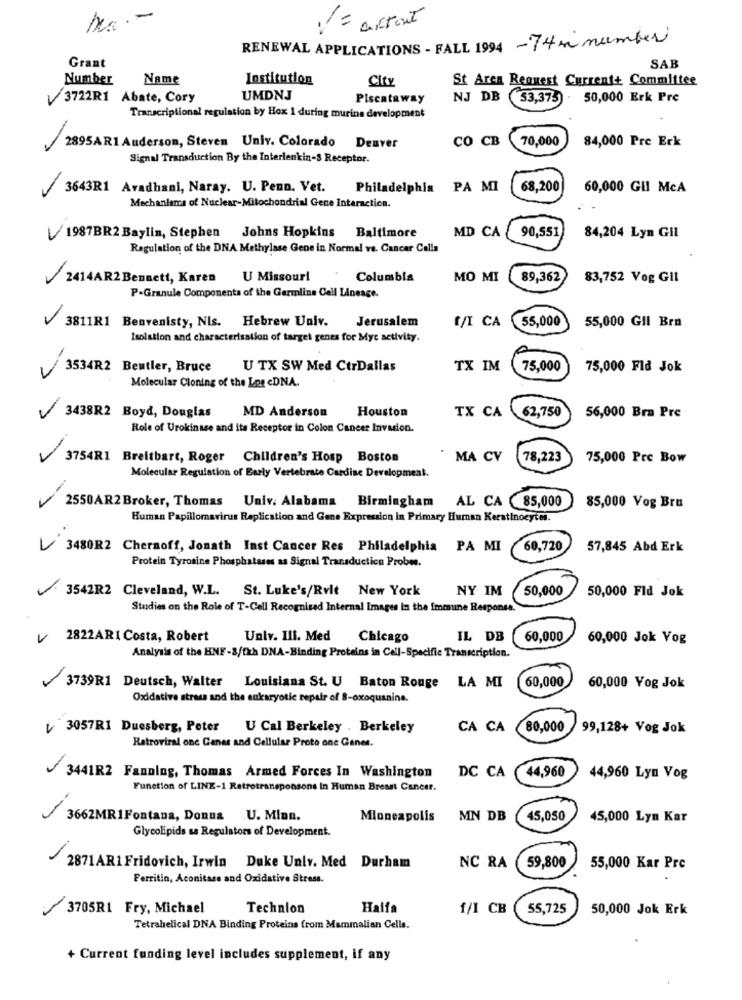
-
V = actout
RENEWAL APPLICATIONS - FALL 1994 -74 m number
Grant
SAB
Number
Name
Institution
City
St Area Request Current+ Committee
V3722R1 Abate, Cory
UMDNJ
Piscataway
NJ DB
(53,375) . 50,000 Erk Pre
Transcriptional regulation by Hox 1 during murina development
CO CB
70,000
84,000 Pre Erk
2895AR1 Anderson, Steven Univ. Colorado Denver
Signal Transduction By the Interleukin-3 Receptor.
3643R1 Avadhani, Naray. U. Penn. Vet.
-
Philadelphia
PA MI
68,200
60,000 Gil McA
Mechanlars of Nuclear-Mitochondrial Gene Intaractica.
90,551
84,204 Lyn Gil
1987BR2 Baylin, Stephen Johns Hopkins Baltimore
MD CA
Regulation of the DNA Methylase Gene in Normal ve. Cancer Cells
2414AR2Bennett, Karen U Missouri
Columbia
MO MI
89,362
83,752 Vog Gil
P-Granule Components of the Germline Cell Lineage.
3811R1 Benvenisty, NIs. Hebrew Univ.
-
Jerusalem
55,000
55,000 GIl Bra
[/I CA
Isolation and characterisation of target genes for Myc setivity.
3534R2 Beutler, Bruce
U TX SW Med CtrDallas
TX IM
75,000
75,000 Fld Jok
Molecular Cloning of the Les cDNA.
-
MD Anderson
Houston
3438R2 Boyd, Douglas
TX CA
62,750
56,000 Bra Pre
Role of Urokinase and its Receptor in Colon Cancer Invasion.
3754R1 Breitbart, Roger Children's Hosp Boston
MA CV
78,223
75,000 Pre Bow
Molecular Regulation of Early Vertebrate Cardise Development.
-
2550AR2 Broker, Thomas Univ. Alabama Birmingham
AL CA 85,000
85,000 Vog Bru
Human Papillomavirus Replication and Gene Expression in Primary Human Keratinocytes.
L
3480R2 Chernoff, Jonath Inst Cancer Res Philadelphia PA MI
60,720
57,845 Abd Erk
Protein Tyrosine Phosphatases as Signal Transduction Probes.
3542R2 Cleveland, W.L. St. Luke's/Rvlt New York
NY IM
50,000
50,000 Fld Jek
Studies on the Role of T-Cell Recognized Internal Images in the Immune Response.
2822ARI Costa, Robert
Univ. Ill. Med
Chicago
IL DB
60,000
60,000 Jok Vog
Analysis of the HNF-3/fkh DNA-Binding Proteins in Cell-Specific Transcription.
60,000
3739R1 Deutsch, Walter Louisiana St. U Baton Rouge
LA MI
60,000 Vog Jok
Oxidative stress and the eukaryotic repair of 8-oxoquanine.
V 3057RI Duesberg, Peter U Cal Berkeley , Berkeley
CA CA
80,000
99,128+ Vog Jok
Retroviral one Canes and Cellular Proto one Genes.
44,960
3441R2 Fanning, Thomas Armed Forces In Washington
DC CA
44,960 Lyn Vog
Function of LINE-1 Retrotransponsons In Human Breast Cancer.
3662MR1Fontana, Donna U. Minn.
Minneapolis
MN DB
45,050
45,000 Lym Kar
Glycolipids sa Regulators of Development.
2871AR1 Fridovich, Irwin Duke Univ. Med Durham
NC RA
59,800
55,000 Kar Pre
Ferritin, Aconitare and Oxidative Stress.
3705R1 Fry, Michael
Technion
Haifa
f/1 CB
55,725
50,000 Jok Erk
Tetrahelical DNA Binding Proteins from Mammalian Cells.
+ Current funding level includes supplement, if any